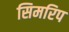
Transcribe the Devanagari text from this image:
सिमरिप